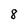
Character: 8